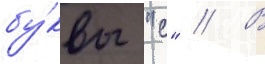
бу́квы "с" // В